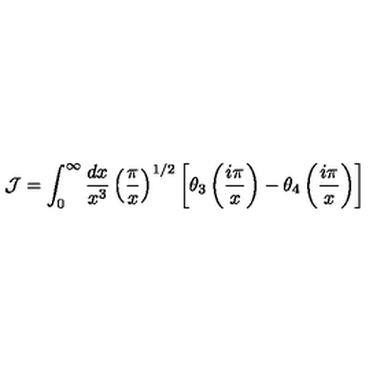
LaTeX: { \cal J } = \int _ { 0 } ^ { \infty } { \frac { d x } { x ^ { 3 } } } \left( { \frac { \pi } { x } } \right) ^ { 1 / 2 } \left[ \theta _ { 3 } \left( { \frac { i \pi } { x } } \right) - \theta _ { 4 } \left( { \frac { i \pi } { x } } \right) \right]